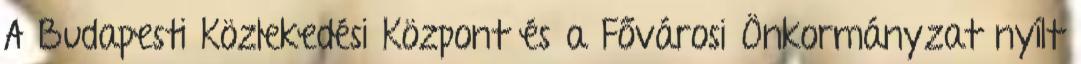
A Budapesti Közlekedési Központ és a Fővárosi Önkormányzat nyílt